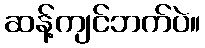
ဆန့်ကျင်ဘက်ပဲ။